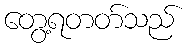
တွေ့ရတတ်သည်